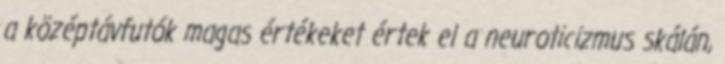
a középtávfutók magas értékeket értek el a neuroticizmus skálán,